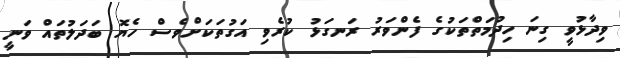
ވިދާޅުވީ ގިނަ ހިދުމަތްތަކުގެ ފެންވަރު ރަނގަޅު ކުރެވި އަގުތަކަށްވެސް ހެޔޮ ބަދަލުތައް ވަނީ